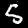
Digit: 5